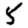
Digit: 5